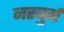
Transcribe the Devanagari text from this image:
नरबुर्ग